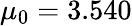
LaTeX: \mu_{0}=3.540